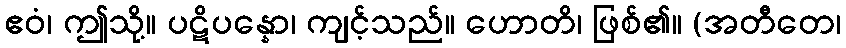
ဧဝံ၊ ဤသို့။ ပဋိပန္နော၊ ကျင့်သည်။ ဟောတိ၊ ဖြစ်၏။ (အတီတေ၊